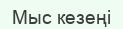
Мыс кезеңі